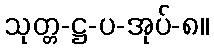
သုတ္တ-ဋ္ဌ-ပ-အုပ်-၈။